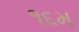
૧૬મ